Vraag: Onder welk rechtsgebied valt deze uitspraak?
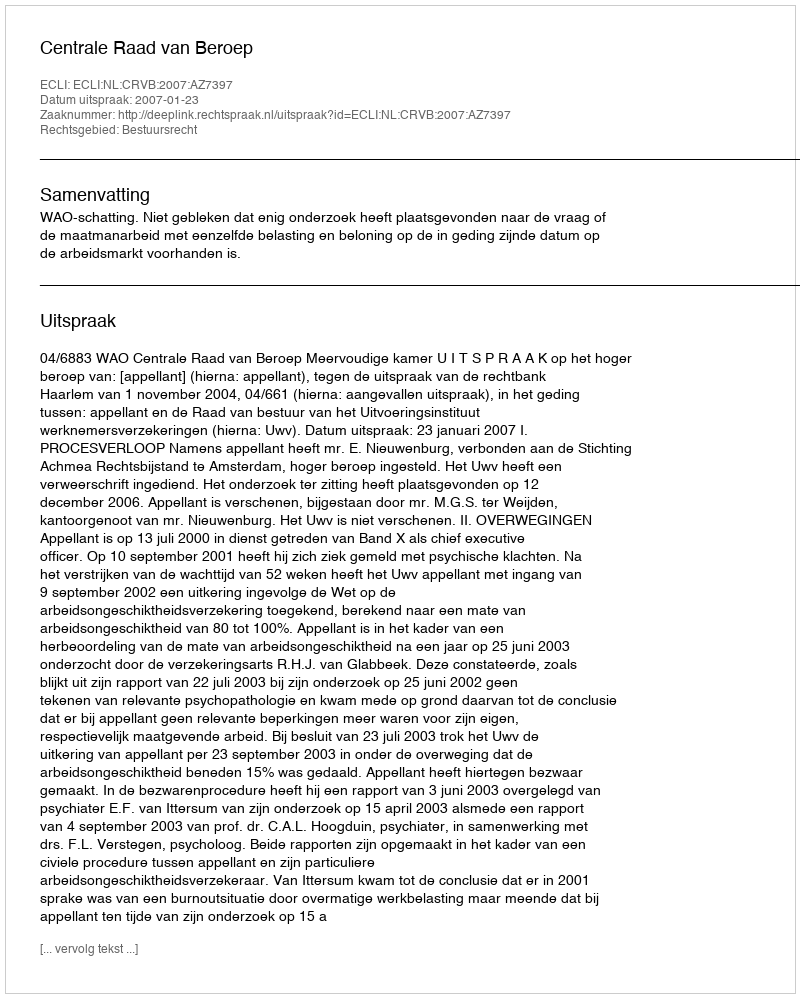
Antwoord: Bestuursrecht